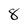
Character: 8